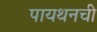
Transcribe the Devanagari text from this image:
पायथनची